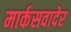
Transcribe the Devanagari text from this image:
मार्कसवादेर